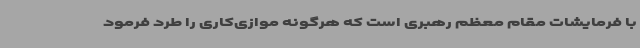
با فرمایشات مقام معظم رهبری است که هرگونه موازی‌کاری را طرد فرمود